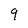
Character: 9